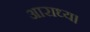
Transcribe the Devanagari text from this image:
आराध्य।